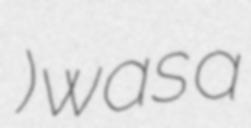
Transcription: أوهانس باشا) was a